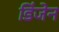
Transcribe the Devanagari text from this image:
डिंजेन